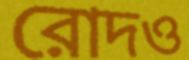
রোদও